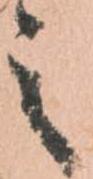
之